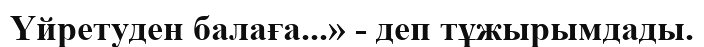
Үйретуден балаға...» - деп тұжырымдады.